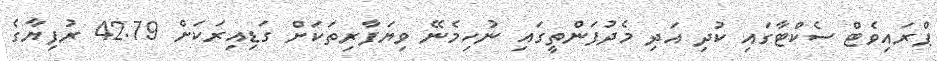
ޕްރައިވެޓް ސެކްޓާގައި ކުދި އަދި މެދުފަންތީގައި ނުހިމެނޭ ވިޔަފާރިތަކަށް ގަޑިއިރަކަށް 42.79 ރުފިޔާގެ